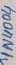
Text: IN4004